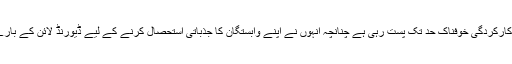
یہ حکومتوں میں بھی رہے اور ان کی کارکردگی خوفناک حد تک پست رہی ہے چنانچہ انہوں نے اپنے وابستگان کا جذباتی استحصال کرنے کے لیے ڈیورنڈ لائن کے بارے میں اسی جھوٹ کو فروغ دیے رکھا۔